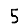
Digit: 5